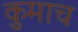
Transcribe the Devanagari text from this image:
कुमाच